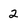
Character: 2